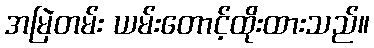
အမြဲတမ်း ယမ်းတောင့်ထိုးထားသည်။